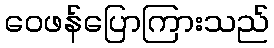
ဝေဖန်ပြောကြားသည်